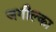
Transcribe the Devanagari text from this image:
जगील्का